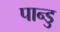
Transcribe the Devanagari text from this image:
पान्डु